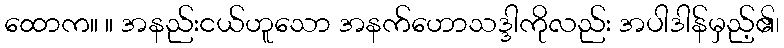
ထောက။ ။ အနည်းငယ်ဟူသော အနက်ဟောသဒ္ဒါကိုလည်း အပါဒါန်မှည့်၏၊